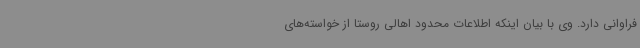
فراوانی دارد. وی با بیان اینکه اطلاعات محدود اهالی روستا از خواسته‌های